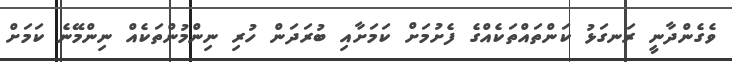
ވެގެންދާނީ ރަނގަޅު ކަންތައްތަކެއްގެ ފެށުމަށް ކަމަށާއި ބުރަދަން ހުރި ނިންމުންތަކެއް ނިންމޭނެ ކަމަށް